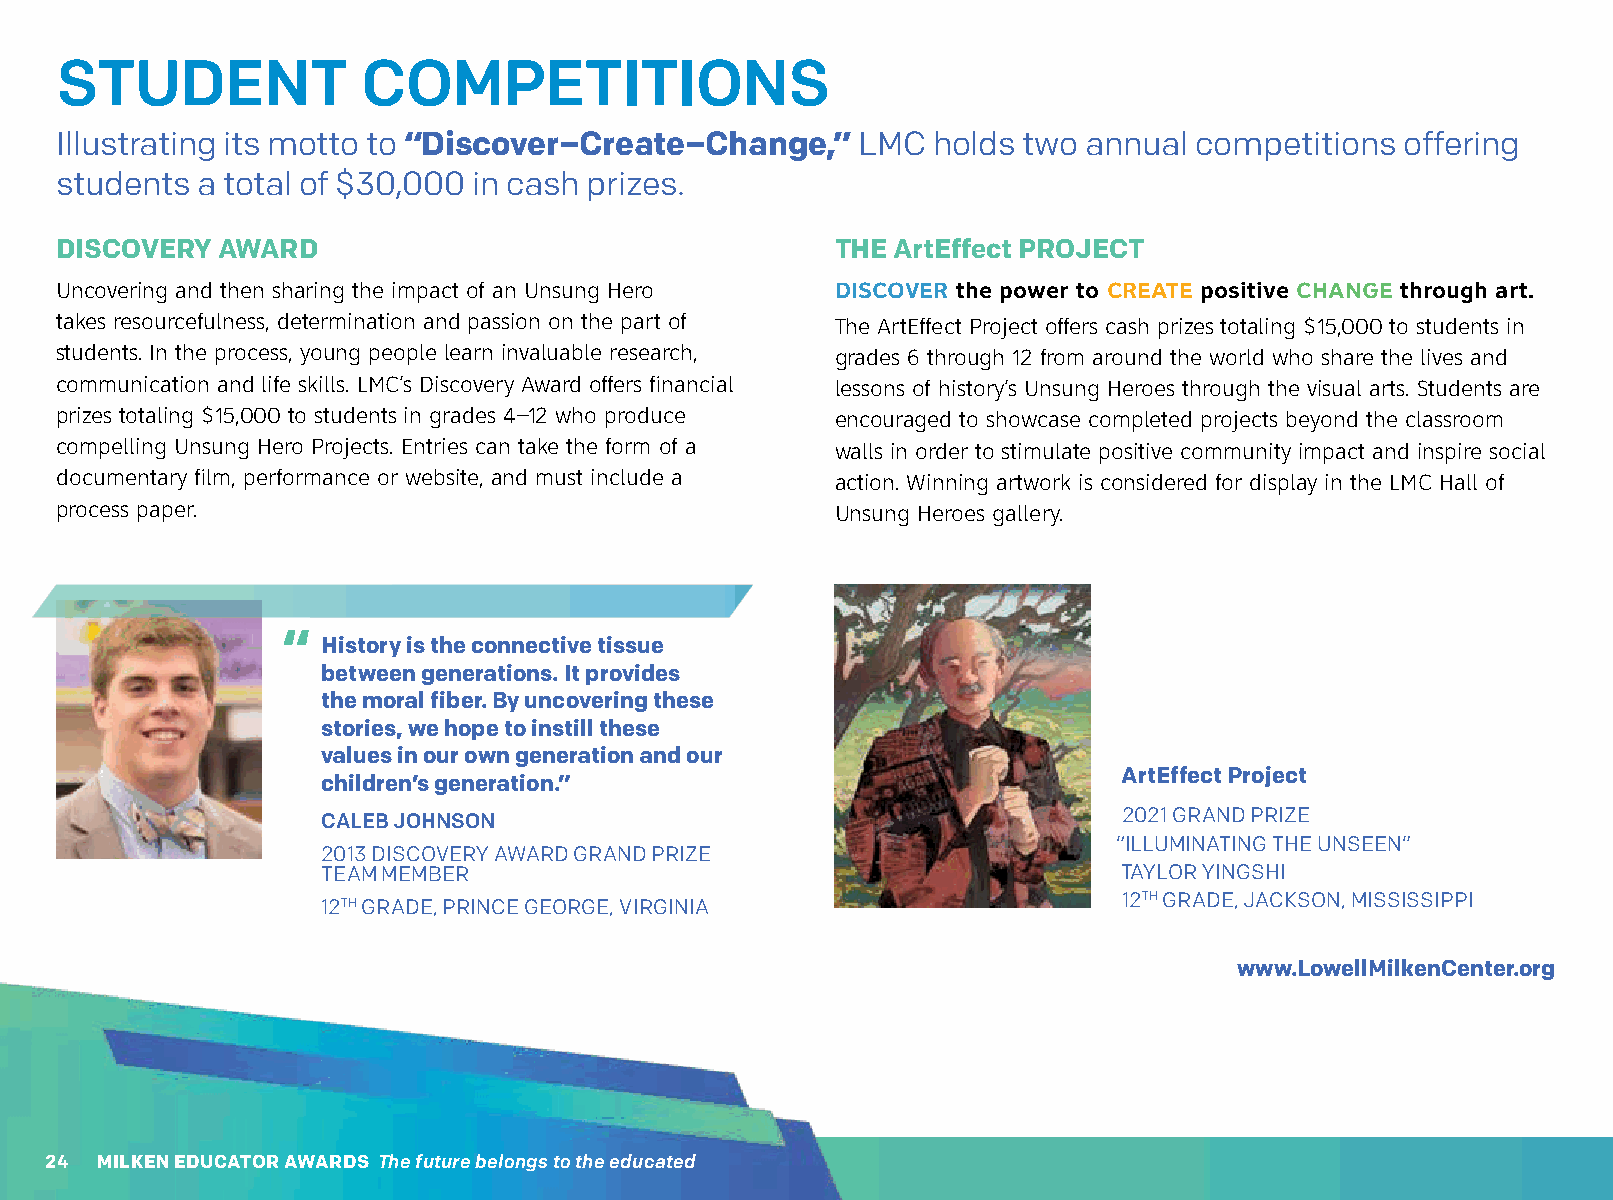
STUDENT             COMPETITIONS
 Illustrating its motto to “Discover–Create–Change,”  LMC  holds two annual competitions  offering
 students a total of $30,000 in cash prizes.
 DISCOVERY AWARD                                    THE ArtEffect PROJECT
 Uncovering and then sharing the impact of an Unsung Hero DISCOVER the power to CREATE positive CHANGE through art.
 takes resourcefulness, determination and passion on the part of The ArtEffect Project offers cash prizes totaling $15,000 to students in
 students. In the process, young people learn invaluable research, grades 6 through 12 from around the world who share the lives and
 communication and life skills. LMC’s Discovery Award offers financial lessons of history’s Unsung Heroes through the visual arts. Students are
 prizes totaling $15,000 to students in grades 4–12 who produce encouraged to showcase completed projects beyond the classroom
 compelling Unsung Hero Projects. Entries can take the form of a walls in order to stimulate positive community impact and inspire social
 documentary film, performance or website, and must include a action. Winning artwork is considered for display in the LMC Hall of
 process paper.                                     Unsung Heroes gallery.
 “
 History is the connective tissue
 between generations. It provides
 the moral fiber. By uncovering these
 stories, we hope to instill these
 values in our own generation and our
 ArtEffect Project
 children’s generation.”
 CALEB JOHNSON                                        2021 GRAND PRIZE
 “ILLUMINATING THE UNSEEN”
 2013 DISCOVERY AWARD GRAND PRIZE
 TEAM MEMBER                                          TAYLOR YINGSHI
 12TH GRADE, JACKSON, MISSISSIPPI
 12TH GRADE, PRINCE GEORGE, VIRGINIA
 www.LowellMilkenCenter.org
 24 MILKEN EDUCATOR AWARDS The future belongs to the educated